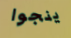
ينجوا